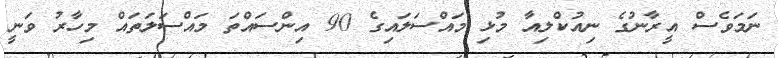
ނަމަވެސް އީރާނުގެ ނިއުކްލިއާ މުޅި މައްސަލައިގެ 90 އިންސައްތަ މައްސަލަތައް މިހާރު ވަނީ